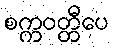
စက္ကဝတ္တီပေ